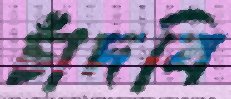
চাঁদবি